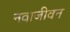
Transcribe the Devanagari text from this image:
नवाजीवन